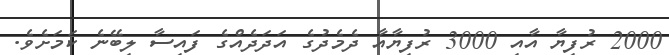
2000 ރުފިޔާ އާއި 3000 ރުފިޔާއާ ދެމެދުގެ އަދަދެއްގެ ފައިސާ ލިބޭނެ ކަމަށެވެ.